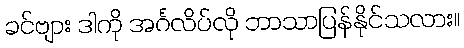
ခင်ဗျား ဒါကို အင်္ဂလိပ်လို ဘာသာပြန်နိုင်သလား။